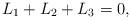
LaTeX: \begin{align*} L_1 + L_2 + L_3 = 0,\end{align*}